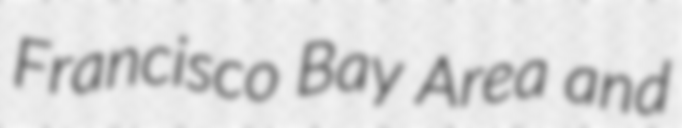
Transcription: Francisco Bay Area and